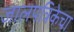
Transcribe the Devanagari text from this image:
जालपत्रिकेचा